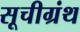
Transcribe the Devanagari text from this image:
सूचीग्रंथ